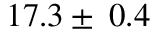
1 7 . 3 \pm \: 0 . 4